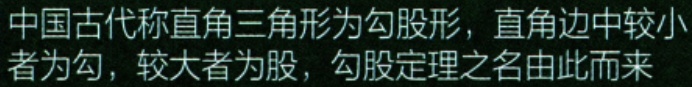
中国古代称直角三角形为勾股形，直角边中较小者为勾，较大者为股，勾股定理之名由此而来